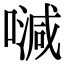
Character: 𠽦